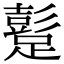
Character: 𨅘